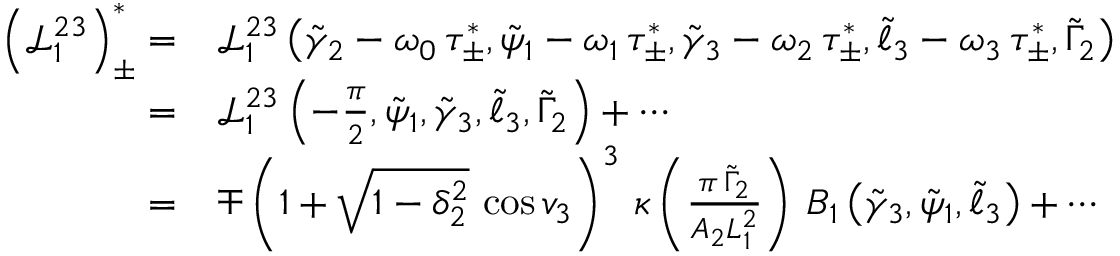
\begin{array} { r l } { \left( \mathcal { L } _ { 1 } ^ { 2 3 } \right) _ { \pm } ^ { * } = } & { \mathcal { L } _ { 1 } ^ { 2 3 } \left( \tilde { \gamma } _ { 2 } - \omega _ { 0 } \, \tau _ { \pm } ^ { * } , \tilde { \psi } _ { 1 } - \omega _ { 1 } \, \tau _ { \pm } ^ { * } , \tilde { \gamma } _ { 3 } - \omega _ { 2 } \, \tau _ { \pm } ^ { * } , \tilde { \ell } _ { 3 } - \omega _ { 3 } \, \tau _ { \pm } ^ { * } , \tilde { \Gamma } _ { 2 } \right) } \\ { = } & { \mathcal { L } _ { 1 } ^ { 2 3 } \left( - \frac { \pi } { 2 } , \tilde { \psi } _ { 1 } , \tilde { \gamma } _ { 3 } , \tilde { \ell } _ { 3 } , \tilde { \Gamma } _ { 2 } \right) + \cdots } \\ { = } & { \mp \left( 1 + \sqrt { 1 - \delta _ { 2 } ^ { 2 } } \, \cos v _ { 3 } \right) ^ { 3 } \, \kappa \left( \frac { \pi \, \tilde { \Gamma } _ { 2 } } { A _ { 2 } L _ { 1 } ^ { 2 } } \right) \, B _ { 1 } \left( \tilde { \gamma } _ { 3 } , \tilde { \psi } _ { 1 } , \tilde { \ell } _ { 3 } \right) + \cdots } \end{array}